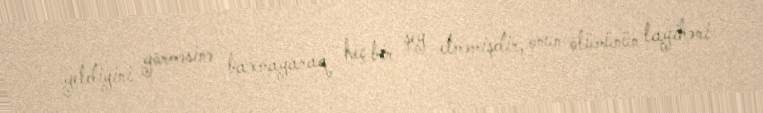
getdiyini görməsinə baxmayaraq heç bir şey etməmişdir, onun ölümünün layihəni